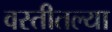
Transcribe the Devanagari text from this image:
वस्तीतल्या